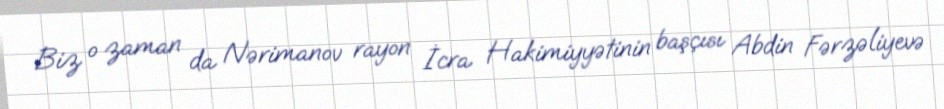
Biz o zaman da Nərimanov rayon İcra Hakimiyyətinin başçısı Abdin Fərzəliyevə